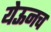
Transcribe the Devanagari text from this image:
येऊनच